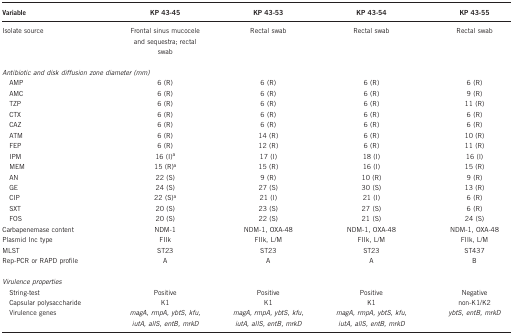
<table><thead><tr><td><b>Variable</b></td><td><b>KP 43-45</b></td><td><b>KP 43-53</b></td><td><b>KP 43-54</b></td><td><b>KP 43-55</b></td></tr></thead><tbody><tr><td>Isolate source</td><td>Frontal sinus mucocele and sequestra; rectal swab</td><td>Rectal swab</td><td>Rectal swab</td><td>Rectal swab</td></tr><tr><td> </td><td> </td><td> </td><td> </td><td> </td></tr><tr><td colspan="5"><i>Antibiotic and disk diffusion zone diameter (mm)</i></td></tr><tr><td> AMP</td><td>6 (R)</td><td>6 (R)</td><td>6 (R)</td><td>6 (R)</td></tr><tr><td> AMC</td><td>6 (R)</td><td>6 (R)</td><td>6 (R)</td><td>9 (R)</td></tr><tr><td> TZP</td><td>6 (R)</td><td>6 (R)</td><td>6 (R)</td><td>11 (R)</td></tr><tr><td> CTX</td><td>6 (R)</td><td>6 (R)</td><td>6 (R)</td><td>6 (R)</td></tr><tr><td> CAZ</td><td>6 (R)</td><td>6 (R)</td><td>6 (R)</td><td>6 (R)</td></tr><tr><td> ATM</td><td>6 (R)</td><td>14 (R)</td><td>6 (R)</td><td>10 (R)</td></tr><tr><td> FEP</td><td>6 (R)</td><td>12 (R)</td><td>6 (R)</td><td>11 (R)</td></tr><tr><td> IPM</td><td>16 (I)a</td><td>17 (I)</td><td>18 (I)</td><td>16 (I)</td></tr><tr><td> MEM</td><td>15 (R)a</td><td>15 (R)</td><td>16 (I)</td><td>15 (R)</td></tr><tr><td> AN</td><td>22 (S)</td><td>9 (R)</td><td>10 (R)</td><td>9 (R)</td></tr><tr><td> GE</td><td>24 (S)</td><td>27 (S)</td><td>30 (S)</td><td>13 (R)</td></tr><tr><td> CIP</td><td>22 (S)a</td><td>21 (I)</td><td>21 (I)</td><td>6 (R)</td></tr><tr><td> SXT</td><td>20 (S)</td><td>23 (S)</td><td>27 (S)</td><td>6 (R)</td></tr><tr><td> FOS</td><td>20 (S)</td><td>22 (S)</td><td>21 (S)</td><td>24 (S)</td></tr><tr><td>Carbapenemase content</td><td>NDM-1</td><td>NDM-1, OXA-48</td><td>NDM-1, OXA-48</td><td>NDM-1, OXA-48</td></tr><tr><td>Plasmid Inc type</td><td>FIIk</td><td>FIIk, L/M</td><td>FIIk, L/M</td><td>FIIk, L/M</td></tr><tr><td>MLST</td><td>ST23</td><td>ST23</td><td>ST23</td><td>ST437</td></tr><tr><td>Rep-PCR or RAPD profile</td><td>A</td><td>A</td><td>A</td><td>B</td></tr><tr><td colspan="5"> </td></tr><tr><td colspan="5"><i>Virulence properties</i></td></tr><tr><td> String-test</td><td>Positive</td><td>Positive</td><td>Positive</td><td>Negative</td></tr><tr><td> Capsular polysaccharide</td><td>K1</td><td>K1</td><td>K1</td><td>non-K1/K2</td></tr><tr><td> Virulence genes</td><td><i>magA, rmpA, ybtS, kfu, iutA, allS, entB, mrkD</i></td><td><i>magA, rmpA, ybtS, kfu, iutA, allS, entB, mrkD</i></td><td><i>magA, rmpA, ybtS, kfu, iutA, allS, entB, mrkD</i></td><td><i>ybtS, entB, mrkD</i></td></tr></tbody></table>